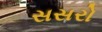
સસરો